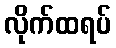
လိုက်ထရပ်